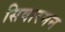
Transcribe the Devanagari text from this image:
सिवारमन